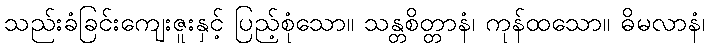
သည်းခံခြင်းကျေးဇူးနှင့် ပြည့်စုံသော။ သန္တစိတ္တာနံ၊ ကုန်ထသော။ ဓိမလာနံ၊